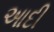
આદી